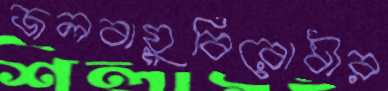
জলবায়ুবিরোধীর